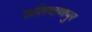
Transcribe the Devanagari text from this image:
कलियाणपुर